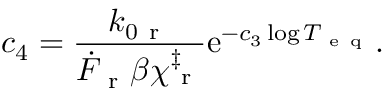
c _ { 4 } = \frac { k _ { 0 \mathrm { ~ r ~ } } } { \dot { F } _ { \mathrm { ~ r ~ } } \beta \chi _ { \mathrm { ~ r ~ } } ^ { \ddag } } \mathrm { e } ^ { - c _ { 3 } \log T _ { \mathrm { ~ e ~ q ~ } } } .